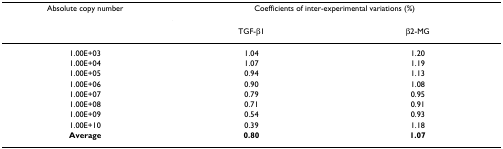
<table><thead><tr><td><b>Absolute copy number</b></td><td colspan="2"><b>Coefficients of inter-experimental variations (%)</b></td></tr><tr><td></td><td><b>TGF-β1</b></td><td><b>β2-MG</b></td></tr></thead><tbody><tr><td>1.00E+03</td><td>1.04</td><td>1.20</td></tr><tr><td>1.00E+04</td><td>1.07</td><td>1.19</td></tr><tr><td>1.00E+05</td><td>0.94</td><td>1.13</td></tr><tr><td>1.00E+06</td><td>0.90</td><td>1.08</td></tr><tr><td>1.00E+07</td><td>0.79</td><td>0.95</td></tr><tr><td>1.00E+08</td><td>0.71</td><td>0.91</td></tr><tr><td>1.00E+09</td><td>0.54</td><td>0.93</td></tr><tr><td>1.00E+10</td><td>0.39</td><td>1.18</td></tr><tr><td><b>Average</b></td><td><b>0.80</b></td><td><b>1.07</b></td></tr></tbody></table>